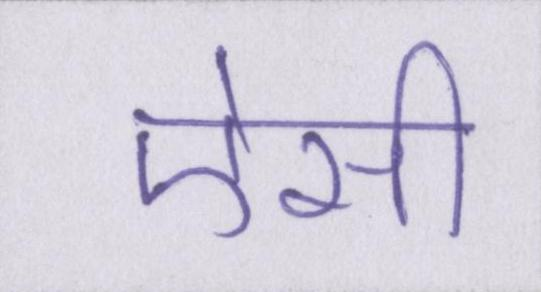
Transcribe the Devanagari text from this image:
ऐसी